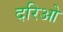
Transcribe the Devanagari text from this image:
दरिओ